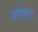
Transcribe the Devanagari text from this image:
स्त्रीलंग